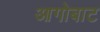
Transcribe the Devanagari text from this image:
आगोबाट